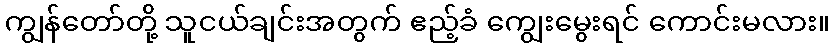
ကျွန်တော်တို့ သူငယ်ချင်းအတွက် ဧည့်ခံ ကျွေးမွေးရင် ကောင်းမလား။